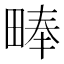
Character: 𪽙